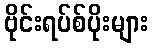
ဗိုင်းရပ်စ်ပိုးများ